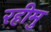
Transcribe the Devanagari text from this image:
रहीमु